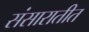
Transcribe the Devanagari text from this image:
संसारातीत